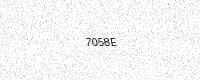
Text: 7058E